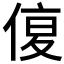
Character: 𠋩